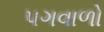
પગવાળો